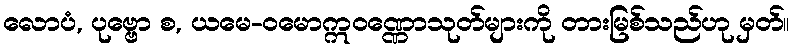
လောပံ, ပုဗ္ဗော စ, ယမေ-ဝမောဣဝဏ္ဏောသုတ်များကို တားမြစ်သည်ဟု မှတ်။